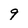
Character: 9